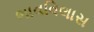
ભાવવિલાસ